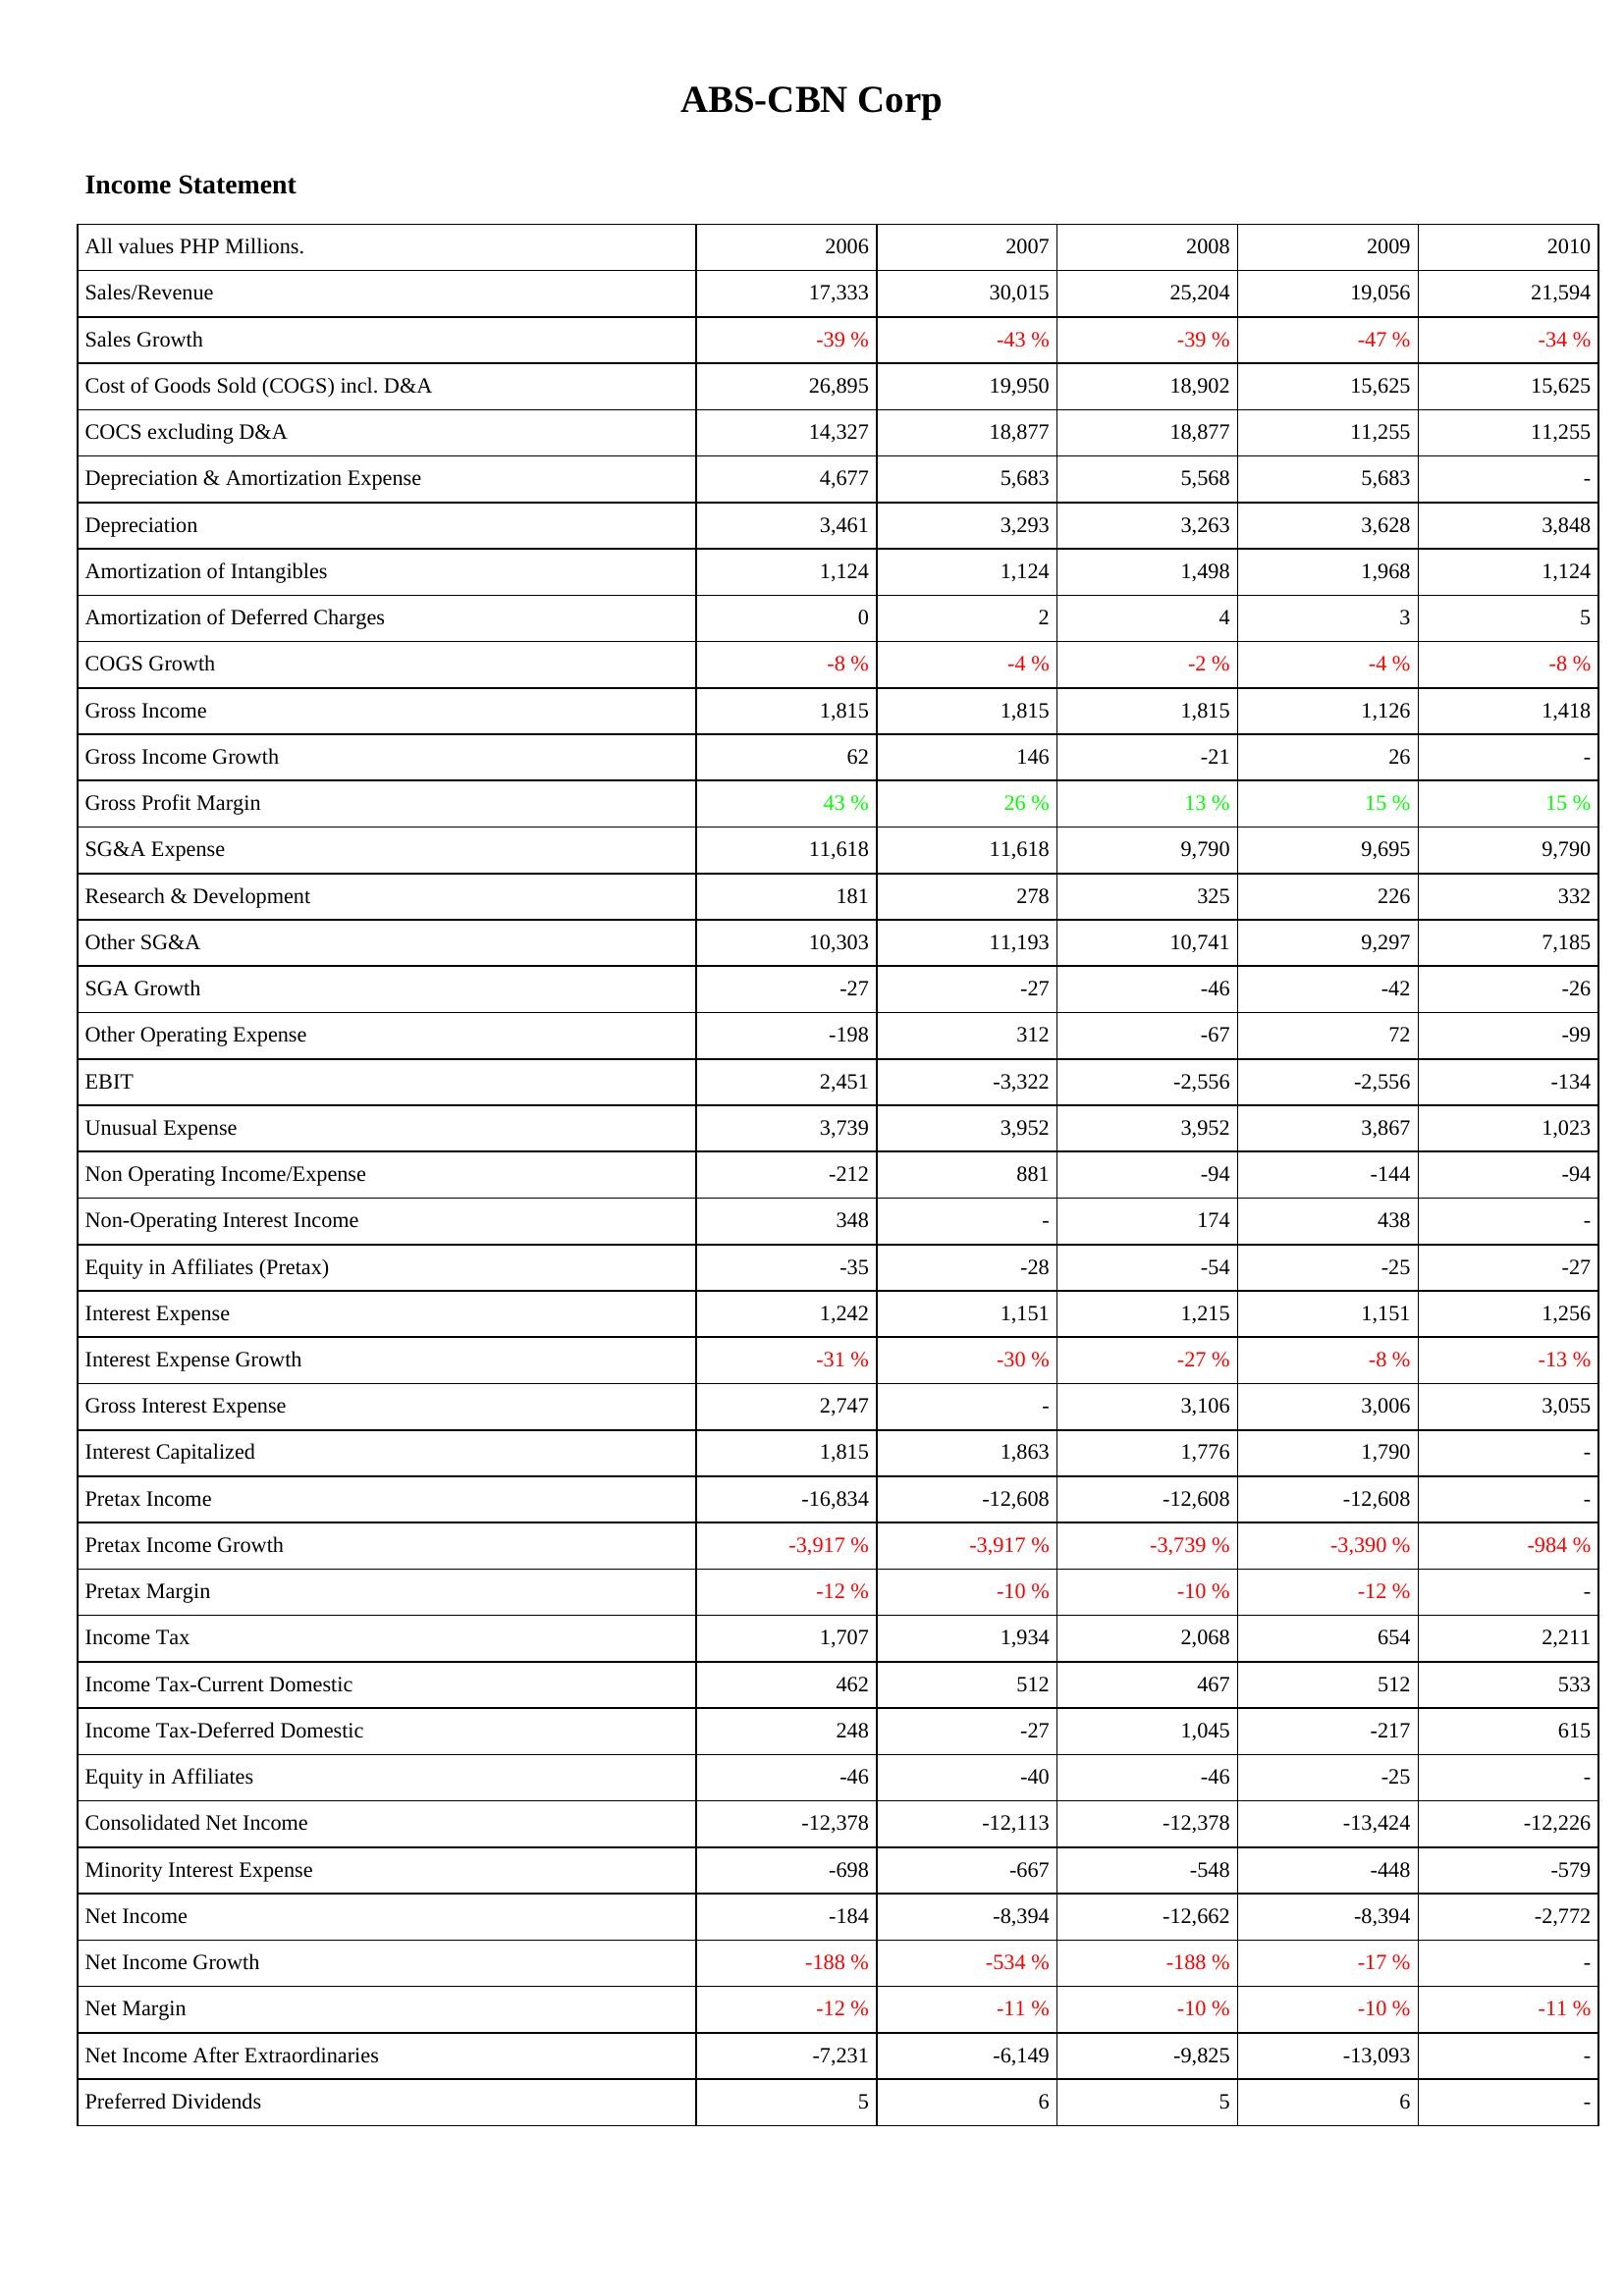
2006: Income Statement: Sales/Revenue: 17,333
Sales Growth: -39 %
Cost of Goods Sold (COGS) incl. D&A: 26,895
COCS excluding D&A: 14,327
Depreciation & Amortization Expense: 4,677
Depreciation: 3,461
Amortization of Intangibles: 1,124
Amortization of Deferred Charges: 0
COGS Growth: -8 %
Gross Income: 1,815
Gross Income Growth: 62
Gross Profit Margin: 43 %
SG&A Expense: 11,618
Research & Development: 181
Other SG&A: 10,303
SGA Growth: -27
Other Operating Expense: -198
EBIT: 2,451
Unusual Expense: 3,739
Non Operating Income/Expense: -212
Non-Operating Interest Income: 348
Equity in Affiliates (Pretax): -35
Interest Expense: 1,242
Interest Expense Growth: -31 %
Gross Interest Expense: 2,747
Interest Capitalized: 1,815
Pretax Income: -16,834
Pretax Income Growth: -3,917 %
Pretax Margin: -12 %
Income Tax: 1,707
Income Tax-Current Domestic: 462
Income Tax-Deferred Domestic: 248
Equity in Affiliates: -46
Consolidated Net Income: -12,378
Minority Interest Expense: -698
Net Income: -184
Net Income Growth: -188 %
Net Margin: -12 %
Net Income After Extraordinaries: -7,231
Preferred Dividends: 5
2007: Income Statement: Sales/Revenue: 30,015
Sales Growth: -43 %
Cost of Goods Sold (COGS) incl. D&A: 19,950
COCS excluding D&A: 18,877
Depreciation & Amortization Expense: 5,683
Depreciation: 3,293
Amortization of Intangibles: 1,124
Amortization of Deferred Charges: 2
COGS Growth: -4 %
Gross Income: 1,815
Gross Income Growth: 146
Gross Profit Margin: 26 %
SG&A Expense: 11,618
Research & Development: 278
Other SG&A: 11,193
SGA Growth: -27
Other Operating Expense: 312
EBIT: -3,322
Unusual Expense: 3,952
Non Operating Income/Expense: 881
Non-Operating Interest Income: -
Equity in Affiliates (Pretax): -28
Interest Expense: 1,151
Interest Expense Growth: -30 %
Gross Interest Expense: -
Interest Capitalized: 1,863
Pretax Income: -12,608
Pretax Income Growth: -3,917 %
Pretax Margin: -10 %
Income Tax: 1,934
Income Tax-Current Domestic: 512
Income Tax-Deferred Domestic: -27
Equity in Affiliates: -40
Consolidated Net Income: -12,113
Minority Interest Expense: -667
Net Income: -8,394
Net Income Growth: -534 %
Net Margin: -11 %
Net Income After Extraordinaries: -6,149
Preferred Dividends: 6
2008: Income Statement: Sales/Revenue: 25,204
Sales Growth: -39 %
Cost of Goods Sold (COGS) incl. D&A: 18,902
COCS excluding D&A: 18,877
Depreciation & Amortization Expense: 5,568
Depreciation: 3,263
Amortization of Intangibles: 1,498
Amortization of Deferred Charges: 4
COGS Growth: -2 %
Gross Income: 1,815
Gross Income Growth: -21
Gross Profit Margin: 13 %
SG&A Expense: 9,790
Research & Development: 325
Other SG&A: 10,741
SGA Growth: -46
Other Operating Expense: -67
EBIT: -2,556
Unusual Expense: 3,952
Non Operating Income/Expense: -94
Non-Operating Interest Income: 174
Equity in Affiliates (Pretax): -54
Interest Expense: 1,215
Interest Expense Growth: -27 %
Gross Interest Expense: 3,106
Interest Capitalized: 1,776
Pretax Income: -12,608
Pretax Income Growth: -3,739 %
Pretax Margin: -10 %
Income Tax: 2,068
Income Tax-Current Domestic: 467
Income Tax-Deferred Domestic: 1,045
Equity in Affiliates: -46
Consolidated Net Income: -12,378
Minority Interest Expense: -548
Net Income: -12,662
Net Income Growth: -188 %
Net Margin: -10 %
Net Income After Extraordinaries: -9,825
Preferred Dividends: 5
2009: Income Statement: Sales/Revenue: 19,056
Sales Growth: -47 %
Cost of Goods Sold (COGS) incl. D&A: 15,625
COCS excluding D&A: 11,255
Depreciation & Amortization Expense: 5,683
Depreciation: 3,628
Amortization of Intangibles: 1,968
Amortization of Deferred Charges: 3
COGS Growth: -4 %
Gross Income: 1,126
Gross Income Growth: 26
Gross Profit Margin: 15 %
SG&A Expense: 9,695
Research & Development: 226
Other SG&A: 9,297
SGA Growth: -42
Other Operating Expense: 72
EBIT: -2,556
Unusual Expense: 3,867
Non Operating Income/Expense: -144
Non-Operating Interest Income: 438
Equity in Affiliates (Pretax): -25
Interest Expense: 1,151
Interest Expense Growth: -8 %
Gross Interest Expense: 3,006
Interest Capitalized: 1,790
Pretax Income: -12,608
Pretax Income Growth: -3,390 %
Pretax Margin: -12 %
Income Tax: 654
Income Tax-Current Domestic: 512
Income Tax-Deferred Domestic: -217
Equity in Affiliates: -25
Consolidated Net Income: -13,424
Minority Interest Expense: -448
Net Income: -8,394
Net Income Growth: -17 %
Net Margin: -10 %
Net Income After Extraordinaries: -13,093
Preferred Dividends: 6
2010: Income Statement: Sales/Revenue: 21,594
Sales Growth: -34 %
Cost of Goods Sold (COGS) incl. D&A: 15,625
COCS excluding D&A: 11,255
Depreciation & Amortization Expense: -
Depreciation: 3,848
Amortization of Intangibles: 1,124
Amortization of Deferred Charges: 5
COGS Growth: -8 %
Gross Income: 1,418
Gross Income Growth: -
Gross Profit Margin: 15 %
SG&A Expense: 9,790
Research & Development: 332
Other SG&A: 7,185
SGA Growth: -26
Other Operating Expense: -99
EBIT: -134
Unusual Expense: 1,023
Non Operating Income/Expense: -94
Non-Operating Interest Income: -
Equity in Affiliates (Pretax): -27
Interest Expense: 1,256
Interest Expense Growth: -13 %
Gross Interest Expense: 3,055
Interest Capitalized: -
Pretax Income: -
Pretax Income Growth: -984 %
Pretax Margin: -
Income Tax: 2,211
Income Tax-Current Domestic: 533
Income Tax-Deferred Domestic: 615
Equity in Affiliates: -
Consolidated Net Income: -12,226
Minority Interest Expense: -579
Net Income: -2,772
Net Income Growth: -
Net Margin: -11 %
Net Income After Extraordinaries: -
Preferred Dividends: -